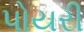
પોયરી